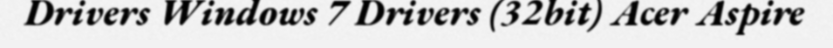
Drivers Windows 7 Drivers (32bit) Acer Aspire